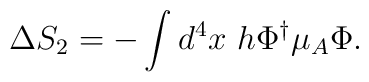
\Delta S_2 = - \int d^4 x~h \Phi^{\dagger} \mu_A \Phi .